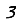
Digit: 3